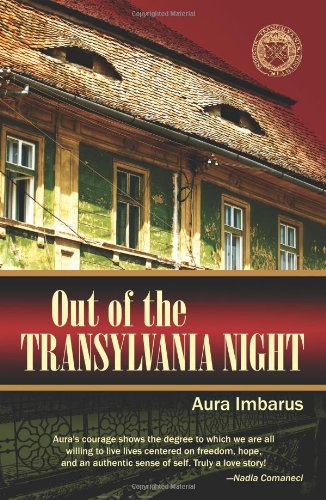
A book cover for Out of the Transylvania Night; Aura Imbarus; Biographies & Memoirs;